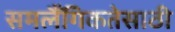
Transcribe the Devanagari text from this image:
समलैँगिकतेसाठी